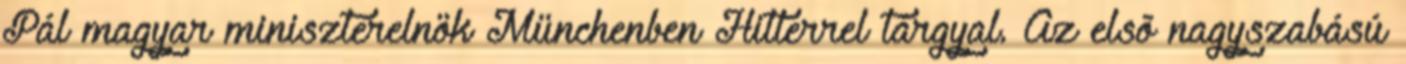
Pál magyar miniszterelnök Münchenben Hitlerrel tárgyal. Az elsõ nagyszabású